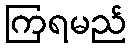
ကြရမည်